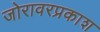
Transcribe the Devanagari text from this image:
जोरावरप्रकाश